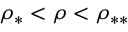
\rho _ { * } < \rho < \rho _ { * * }